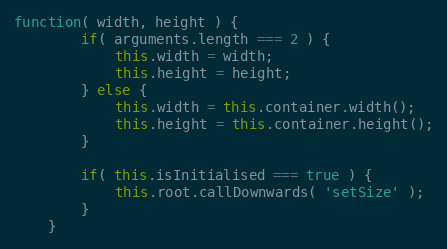
Language: JavaScript
function( width, height ) {
		if( arguments.length === 2 ) {
			this.width = width;
			this.height = height;
		} else {
			this.width = this.container.width();
			this.height = this.container.height();
		}

		if( this.isInitialised === true ) {
			this.root.callDownwards( 'setSize' );
		}
	}